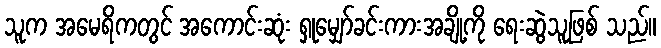
သူက အမေရိကတွင် အကောင်းဆုံး ရှုမျှော်ခင်းကားအချို့ကို ရေးဆွဲသူဖြစ် သည်။